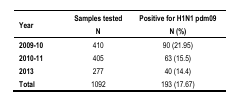
| Year | Samples tested N | Positive for H1N1 pdm09 N (%) |
 | --- | --- | --- |
 | 2009–10 | 410 | 90 (21.95) |
 | 2010–11 | 405 | 63 (15.5) |
 | 2013 | 277 | 40 (14.4) |
 | Total | 1092 | 193 (17.67) |